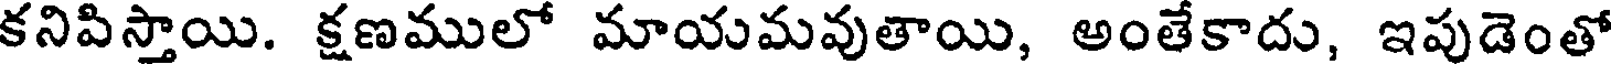
కనిపిస్తాయి. క్షణములో మాయమవుతాయి, అంతేకాదు, ఇపుడెంతో